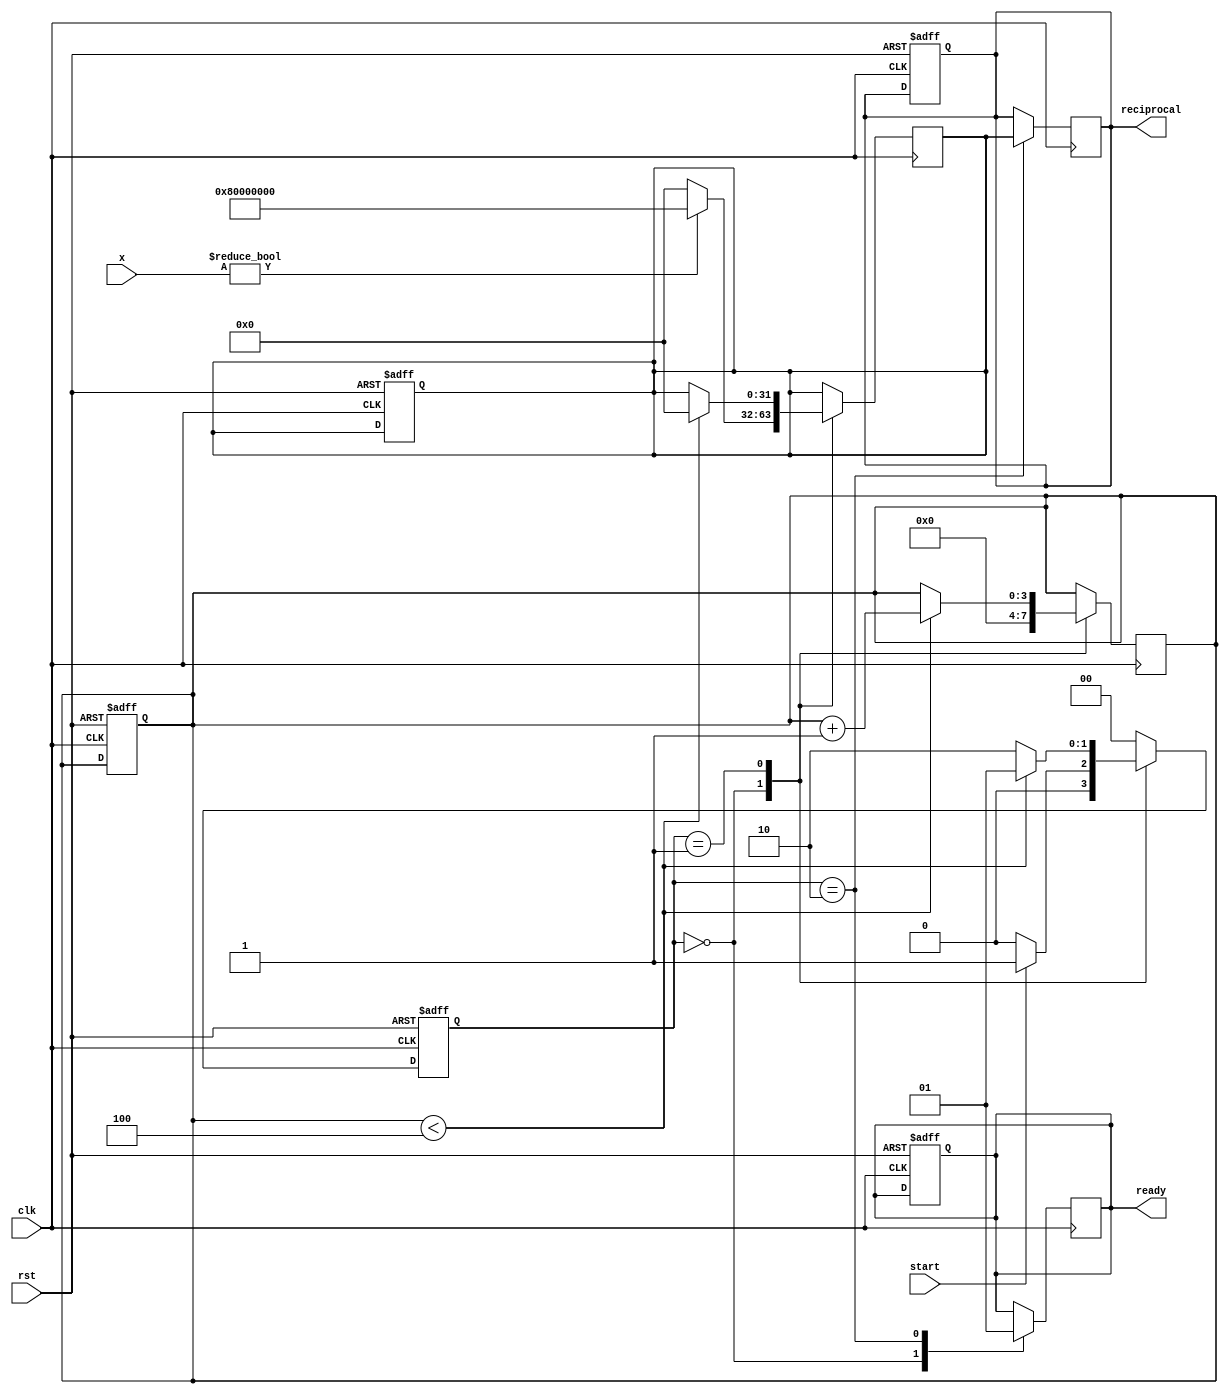
module ReciprocalUnit #(
    parameter WIDTH = 32  // Width of input and output
) (
    input  wire [WIDTH-1:0] x,          // Input value
    input  wire clk,                     // Clock signal
    input  wire rst,                     // Reset signal
    input  wire start,                   // Start signal
    output reg  [WIDTH-1:0] reciprocal,  // Output reciprocal
    output reg  ready                    // Ready flag
);

    // State encoding
    localparam IDLE = 2'b00;
    localparam COMPUTING = 2'b01;
    localparam READY = 2'b10;

    reg [1:0] state, next_state;
    reg [WIDTH-1:0] approx; // Approximation of the reciprocal
    reg [3:0] iteration;     // Iteration counter for Newton-Raphson

    // FSM for control logic
    always @(posedge clk or posedge rst) begin
        if (rst) begin
            state <= IDLE;
            reciprocal <= 0;
            ready <= 0;
            approx <= 0;
            iteration <= 0;
        end else begin
            state <= next_state;
        end
    end

    // Next state logic
    always @(*) begin
        case (state)
            IDLE: begin
                if (start) begin
                    next_state = COMPUTING;
                end else begin
                    next_state = IDLE;
                end
            end
            COMPUTING: begin
                if (iteration < 4) begin // Limit iterations for convergence
                    next_state = COMPUTING;
                end else begin
                    next_state = READY;
                end
            end
            READY: begin
                next_state = IDLE; // Go back to IDLE after ready
            end
            default: next_state = IDLE;
        endcase
    end

    // Computation logic for Newton-Raphson
    always @(posedge clk) begin
        case (state)
            IDLE: begin
                ready <= 0;
                iteration <= 0;
                if (x != 0) begin
                    approx <= {1'b1, {WIDTH-1{1'b0}}}; // Initial approximation (1.0)
                end else begin
                    approx <= 0; // Handle division by zero case
                end
            end
            COMPUTING: begin
                if (iteration < 4) begin
                    approx <= approx * (2**WIDTH - x * approx) >> WIDTH; // Newton-Raphson update
                    iteration <= iteration + 1;
                end
            end
            READY: begin
                reciprocal <= approx; // Assign final approximation to output
                ready <= 1;           // Set ready flag
            end
        endcase
    end

endmodule